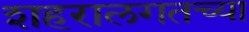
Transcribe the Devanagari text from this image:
शहरालगतच्या